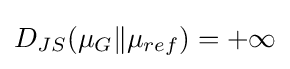
D_{JS}(\mu _{G}\|\mu _{ref})=+\infty